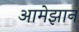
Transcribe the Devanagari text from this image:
आमेझान